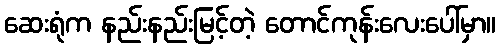
ဆေးရုံက နည်းနည်းမြင့်တဲ့ တောင်ကုန်းလေးပေါ်မှာ။